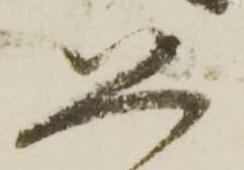
恐